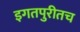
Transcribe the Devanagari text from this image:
इगतपुरीतच